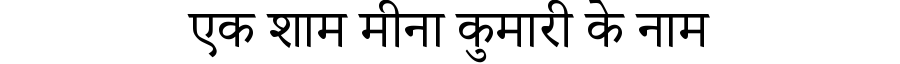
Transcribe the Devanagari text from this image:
एक शाम मीना कुमारी के नाम